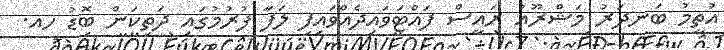
އުތީމު ބަނދަރު މަޝްރޫއު ރައީސް ފައްޓަވައިދެއްވައިފި ލަފާ ފުރުމުގައި ދަތިކަން ބޮޑު ހއ.